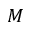
M